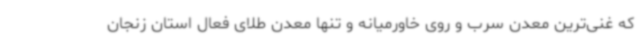
که غنی‌ترین معدن سرب و روی خاورمیانه و تنها معدن طلای فعال استان زنجان